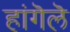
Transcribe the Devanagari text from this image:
हांगॆलॆ